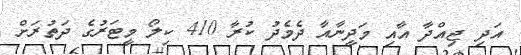
އަދި ޖިއްދާ އާއި މަދީނާއާ ދެމެދު ކުރާ 410 ކިލޯ މީޓަރުގެ ދަތުރަށް